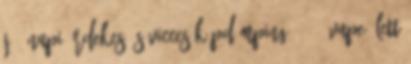
Jó? Napi Érdekes és Vicces Képdömping 267. "Vape" Lett